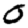
Digit: 0